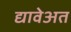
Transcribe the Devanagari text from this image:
द्यावेअत